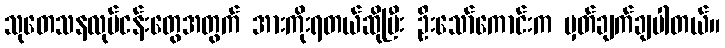
သုတေသနလုပ်ငန်းတွေအတွက် အားကိုးရတယ်ဆိုပြီး ဦးသော်ကောင်းက မှတ်ချက်ချပါတယ်။